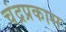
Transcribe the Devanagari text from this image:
चंद्रप्रकास